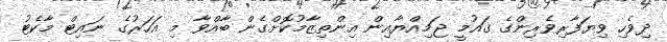
ދިވެހި ވިޔަފާރިވެރިންގެ ގައުމީ ޖަމިއްޔާއިން އިންތިޒާމުކޮށްގެން ބާއްވާ މި އަހަރުގެ ނައިޓް މާކެޓު